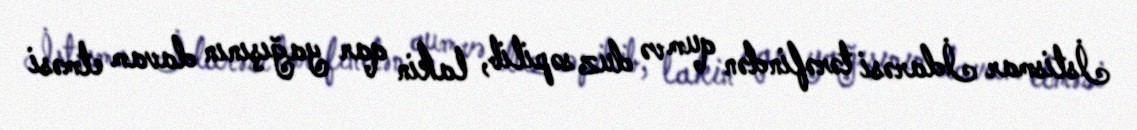
İstismar İdarəsi tərəfindən qum və duz səpilib, lakin qar yağışının davam etməsi